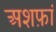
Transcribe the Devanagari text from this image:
अशफ़ां